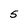
Character: S